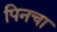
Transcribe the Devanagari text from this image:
पिनचा